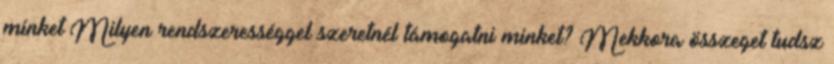
minket Milyen rendszerességgel szeretnél támogatni minket? Mekkora összeget tudsz